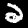
Digit: 2